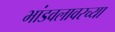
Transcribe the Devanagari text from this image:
भांडवलावरच्या